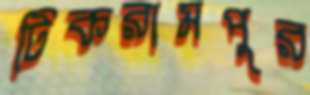
টিকরামপুর